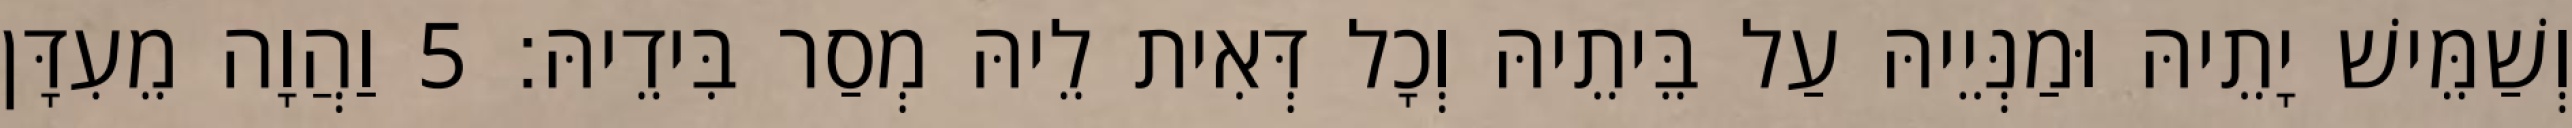
וְשַׁמֵּישׁ יָתֵיהּ וּמַנְּיֵיהּ עַל בֵּיתֵיהּ וְכָל דְּאִית לֵיהּ מְסַר בִּידֵיהּ׃ 5 וַהֲוָה מֵעִדָּן